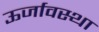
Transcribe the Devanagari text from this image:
ऊर्जावस्था